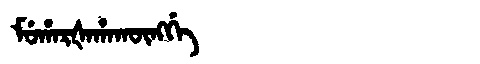
Manchu: ᠮᡠᡥᠠᡵᡧᠠᡥᠠᡴᡡᠩᡤᡝ
Romanization: MUHARŠAHAKŪNGGE